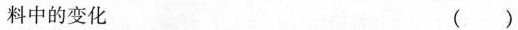
料中的变化 ()